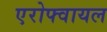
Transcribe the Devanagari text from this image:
एरोफ्वायल